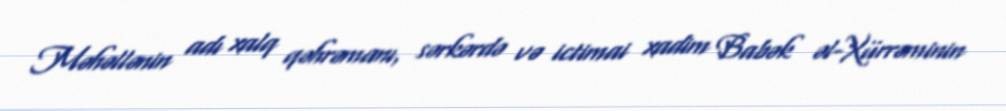
Məhəllənin adı xalq qəhrəmanı, sərkərdə və ictimai xadim Babək əl-Xürrəminin